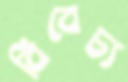
বিবেচ্য